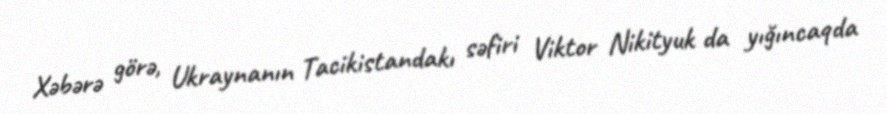
Xəbərə görə, Ukraynanın Tacikistandakı səfiri Viktor Nikityuk da yığıncaqda